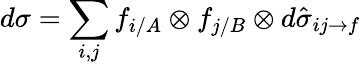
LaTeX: d\sigma=\sum_{i,j}f_{i/A}\otimes f_{j/B}\otimes d\hat{\sigma}_{ij\to f}